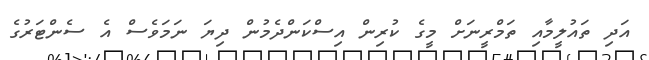
އަދި ތައުލީމާއި ތަމްރީނަށް މީގެ ކުރިން އިސްކަންދެމުން ދިޔަ ނަމަވެސް އެ ސެންޓަރުގެ